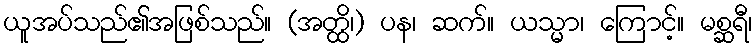
ယူအပ်သည်၏အဖြစ်သည်။ (အတ္ထိ၊) ပန၊ ဆက်။ ယသ္မာ၊ ကြောင့်။ မစ္ဆရီ၊